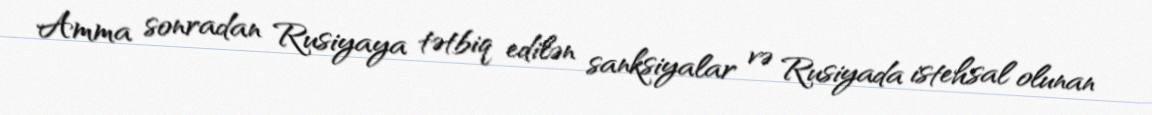
Amma sonradan Rusiyaya tətbiq edilən sanksiyalar və Rusiyada istehsal olunan